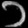
Digit: ၁